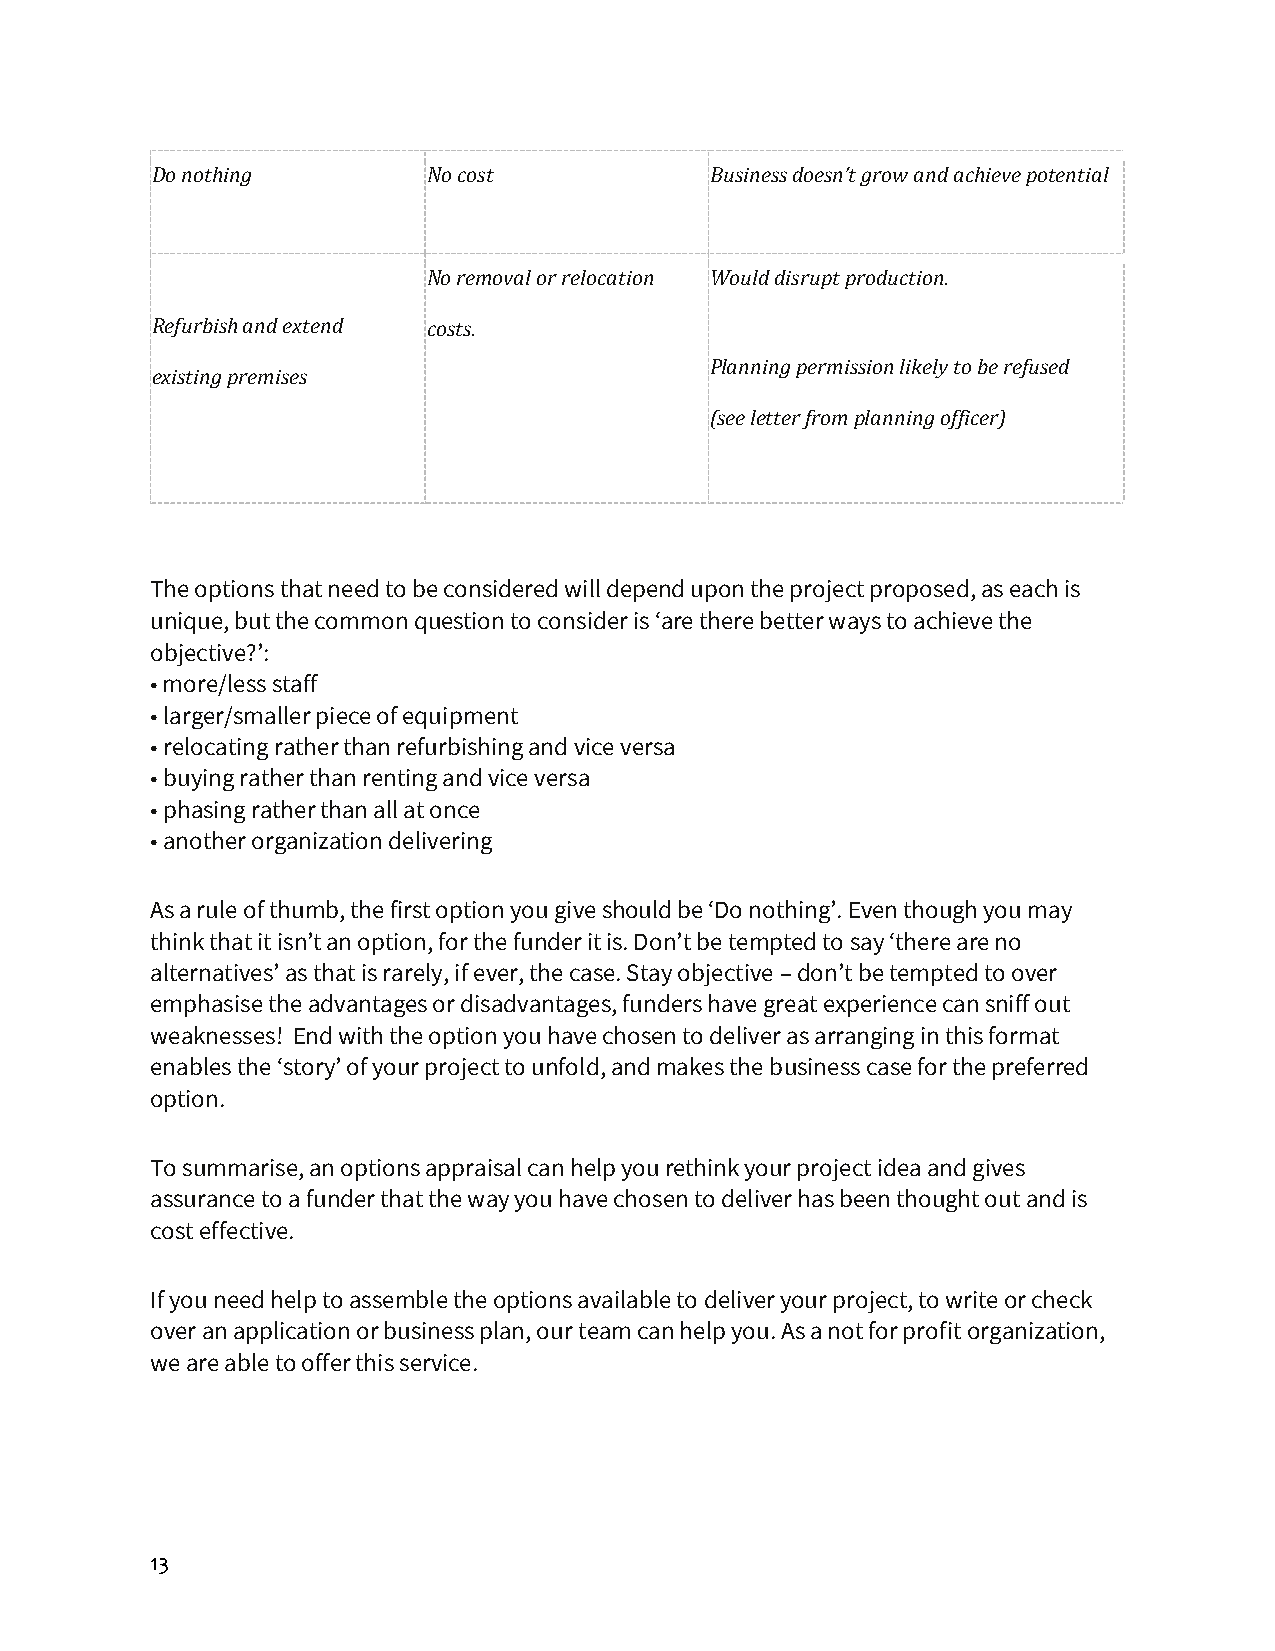
Do nothing        No cost            Business doesn’t grow and achieve potential
 No removal or relocation Would disrupt production.
 Refurbish and extend costs.
 Planning permission likely to be refused
 existing premises
 (see letter from planning officer)
 The options that need to be considered will depend upon the project proposed, as each is
 unique, but the common question to consider is ‘are there better ways to achieve the
 objective?’:
 • more/less staff
 • larger/smaller piece of equipment
 • relocating rather than refurbishing and vice versa
 • buying rather than renting and vice versa
 • phasing rather than all at once
 • another organization delivering
 As a rule of thumb, the first option you give should be ‘Do nothing’. Even though you may
 think that it isn’t an option, for the funder it is. Don’t be tempted to say ‘there are no
 alternatives’ as that is rarely, if ever, the case. Stay objective – don’t be tempted to over
 emphasise the advantages or disadvantages, funders have great experience can sniff out
 weaknesses! End with the option you have chosen to deliver as arranging in this format
 enables the ‘story’ of your project to unfold, and makes the business case for the preferred
 option.
 To summarise, an options appraisal can help you rethink your project idea and gives
 assurance to a funder that the way you have chosen to deliver has been thought out and is
 cost effective.
 If you need help to assemble the options available to deliver your project, to write or check
 over an application or business plan, our team can help you. As a not for profit organization,
 we are able to offer this service.
 13